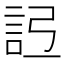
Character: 𧦒